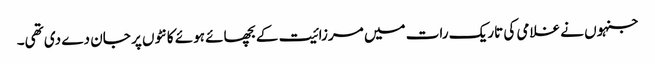
جنہوں نے غلامی کی تاریک رات میں مرزائیت کے بچھائے ہوئے کانٹوں پر جان دے دی تھی۔